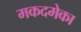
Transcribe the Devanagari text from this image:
मकदमेका